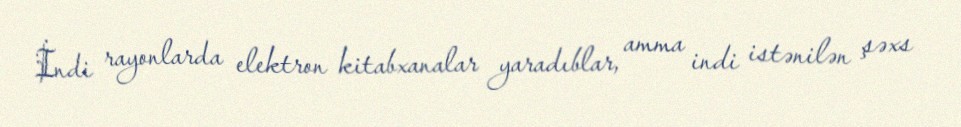
İndi rayonlarda elektron kitabxanalar yaradıblar, amma indi istənilən şəxs